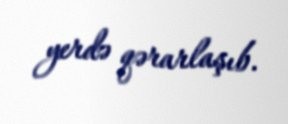
yerdə qərarlaşıb.